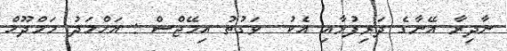
ނާދިރާ އޭނާގެ ދަރިފުޅާއި އެކު  ވަގުތު އިމޭޖްސް : އަހްމަދު މަމްދޫހް